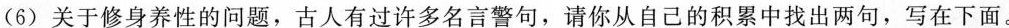
(6)关于修身养性的问题，古人有过许多名言警句，请你从自己的积累中找出两句，写在下面。